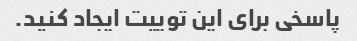
پاسخی برای این توییت ایجاد کنید.